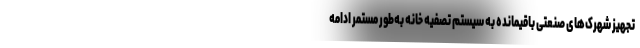
تجهیز شهرک‌های صنعتی باقیمانده به سیستم تصفیه خانه به‌طور مستمر ادامه